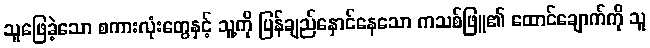
သူဖြေခဲ့သော စကားလုံးတွေနှင့် သူ့ကို ပြန်ချည်နှောင်နေသော ကသစ်ဖြူ၏ ထောင်ချောက်ကို သူ